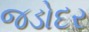
જડોદર